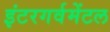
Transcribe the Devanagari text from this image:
इंटरगर्वमेंटल